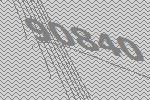
90840